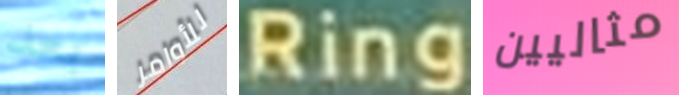
بعد للأوامر Ring مثاليين